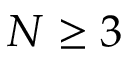
N \ge 3